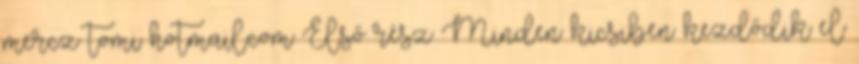
mercz tomi hotmail.com Első rész Minden kicsiben kezdődik el